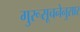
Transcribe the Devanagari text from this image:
गुरूसूचनेनुसार